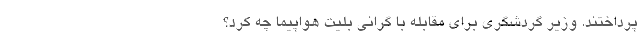
پرداختند. وزیر گردشگری برای مقابله با گرانی بلیت هواپیما چه کرد؟